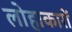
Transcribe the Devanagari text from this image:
लोहाकारों